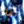
لقد